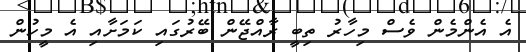
އެ އެންމެން ވެސް މިހާރު ތިބީ ރާއްޖޭން ބޭރުގައި ކަމަށާއި އެ މީހުން